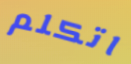
اتكلم